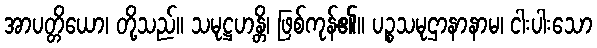
အာပတ္တိယော၊ တို့သည်။ သမုဋ္ဌဟန္တိ၊ ဖြစ်ကုန်၏။ ပဉ္စသမုဌာနာနာမ၊ ငါးပါးသော